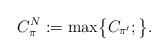
LaTeX: \begin{align*}C^N_{\pi} := \max\bigl\{C_{\pi'}; \bigr\}.\end{align*}